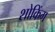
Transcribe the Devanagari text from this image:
शोकिंग